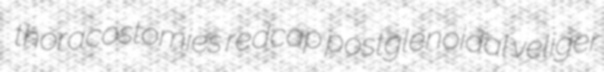
thoracostomies redcap postglenoidal veliger